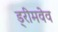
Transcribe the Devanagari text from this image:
ड्रीमवेव